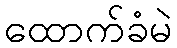
ထောက်ခံမဲ